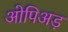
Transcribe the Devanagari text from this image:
ओपिअड़